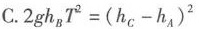
C.$$2gh_{B}T^{2}=(h_{C}-h_{A})^{2}$$